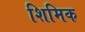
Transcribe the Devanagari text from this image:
शिमिक